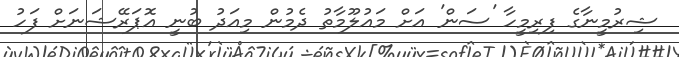
ޝިރުމީނާގެ ފިރިމީހާ 'ސަން' އަށް މައުލޫމާތު ދެމުން މިއަދު ބުނީ އޮޕަރޭޝަނަށް ފަހު